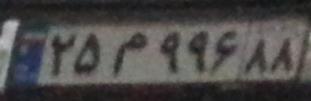
۲۵م۹۹۶۸۸